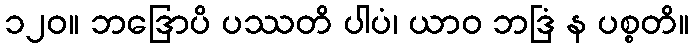
၁၂၀။ ဘဒြောပိ ပဿတိ ပါပံ၊ ယာဝ ဘဒြံ န ပစ္စတိ။